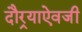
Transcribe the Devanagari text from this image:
दौर्‍याऐवजी